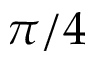
\pi / 4